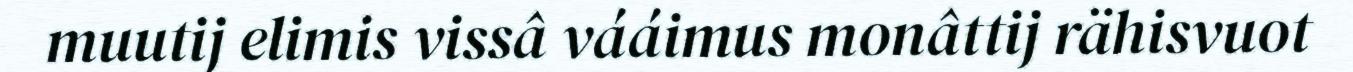
muutij elimis vissâ vááimus monâttij rähisvuot